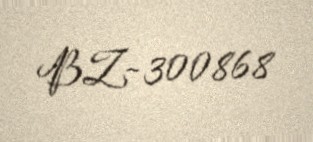
BZ-300868